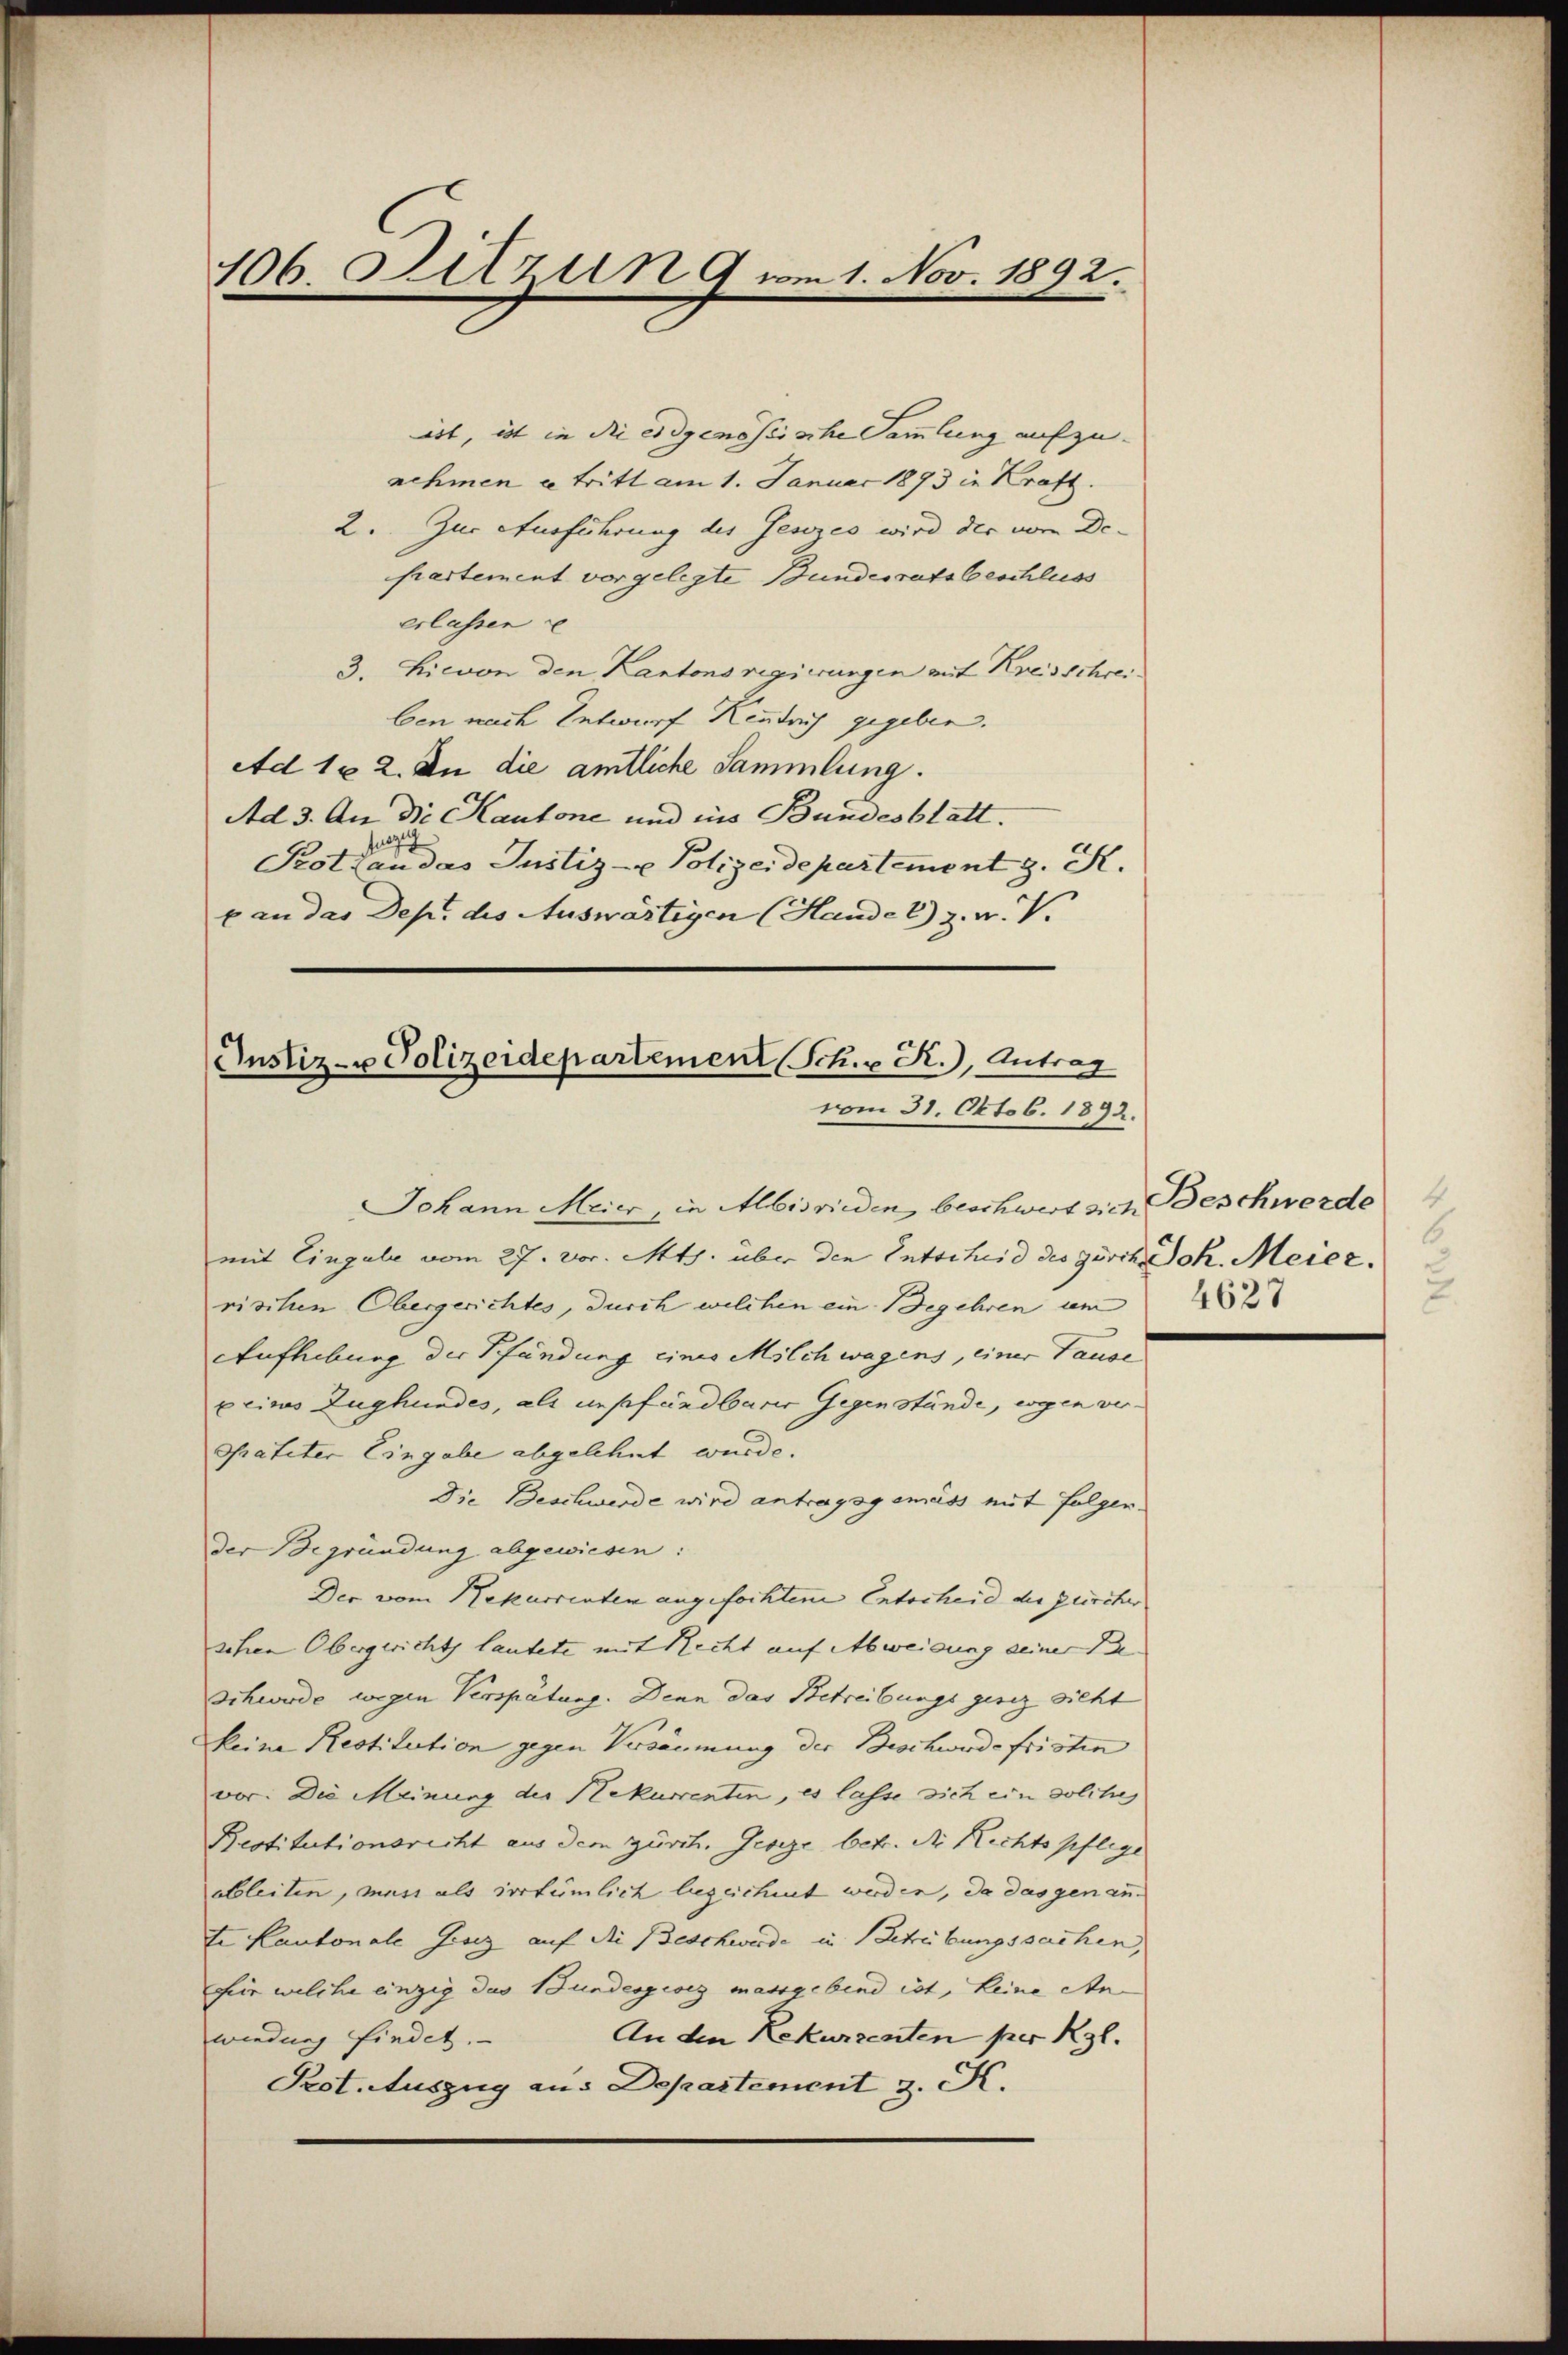
106. Sitzun 9 vom 1. Nov. 1892.

ist, ist in die eidgenössische Sammlung aufzu-
nehmen a tritt am 1. Januar 1893 in Kraft.
2. Zur Ausführung des Gesezes wird der vom De-
partement vorgelegte Bundesrats beschluss
erlassen u
3. Hievon den Kantons regierungen auf Kreisschreiben nach Entwurf Kenntnis gegeben.
Ad 162. In die amtliche Sammlung.
Ad 3. An die Kantone und ins Bundesblatt.
fuezi
Prothan das Justiz- u Polizeidepartement z. K.
b an das Dep. des Auswärtigen (Hande 2) z. v. V.

Justiz- u Polizeidepartement (Sch. R., Antrag
vom 31. Oktob. 1892.

Johann Meier, in Albisrieden beschwert sich Beschwerde
mit Eingale vom 27. vor. Mts. über den Entscheid des gesch. Joh. Meier.
rischen Obergerichtes, durch welchen ein Begehren um
Aufhebung der Pfändung eines Milch wagens, einer Tause
xeines Zughundes, als unpfündbarer Gegenstände, wogen ver-
spateter Eingabe abgelehnt wurde.
Die Beschwerde wird antragsgemäss mit folgen-
der Begründung abgewiesen:
Der vom Rekurrenten angefochten Entscheid der zürcher
sehen Obergericht lautete mit Recht auf Abweisung seiner Be-
Schwerde wegen Verspätung. Denn das Betreibungs gesez sicht
keine Restitution gegen Versäumung der Beschwerde fristen
vor. Die Meinung der Rekurrenten, es lasse sich ein solche
Restitutionsrecht aus dem zürch. Geseze betr. Dr. Rechtspflege
ableiten, muss als irrtümlich bezeichnet werden, da das genante Kantonale Grenz auf die Beschwerde in Betreibungssachen,
für welche einzig das Bundesgesig massgebend ist, keine An-
An den Rekurrenten per Kgl.
weedung findet.
Prot. Auszug aus Departement z. K.

4
6
2.
4627